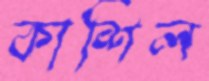
কাশিল